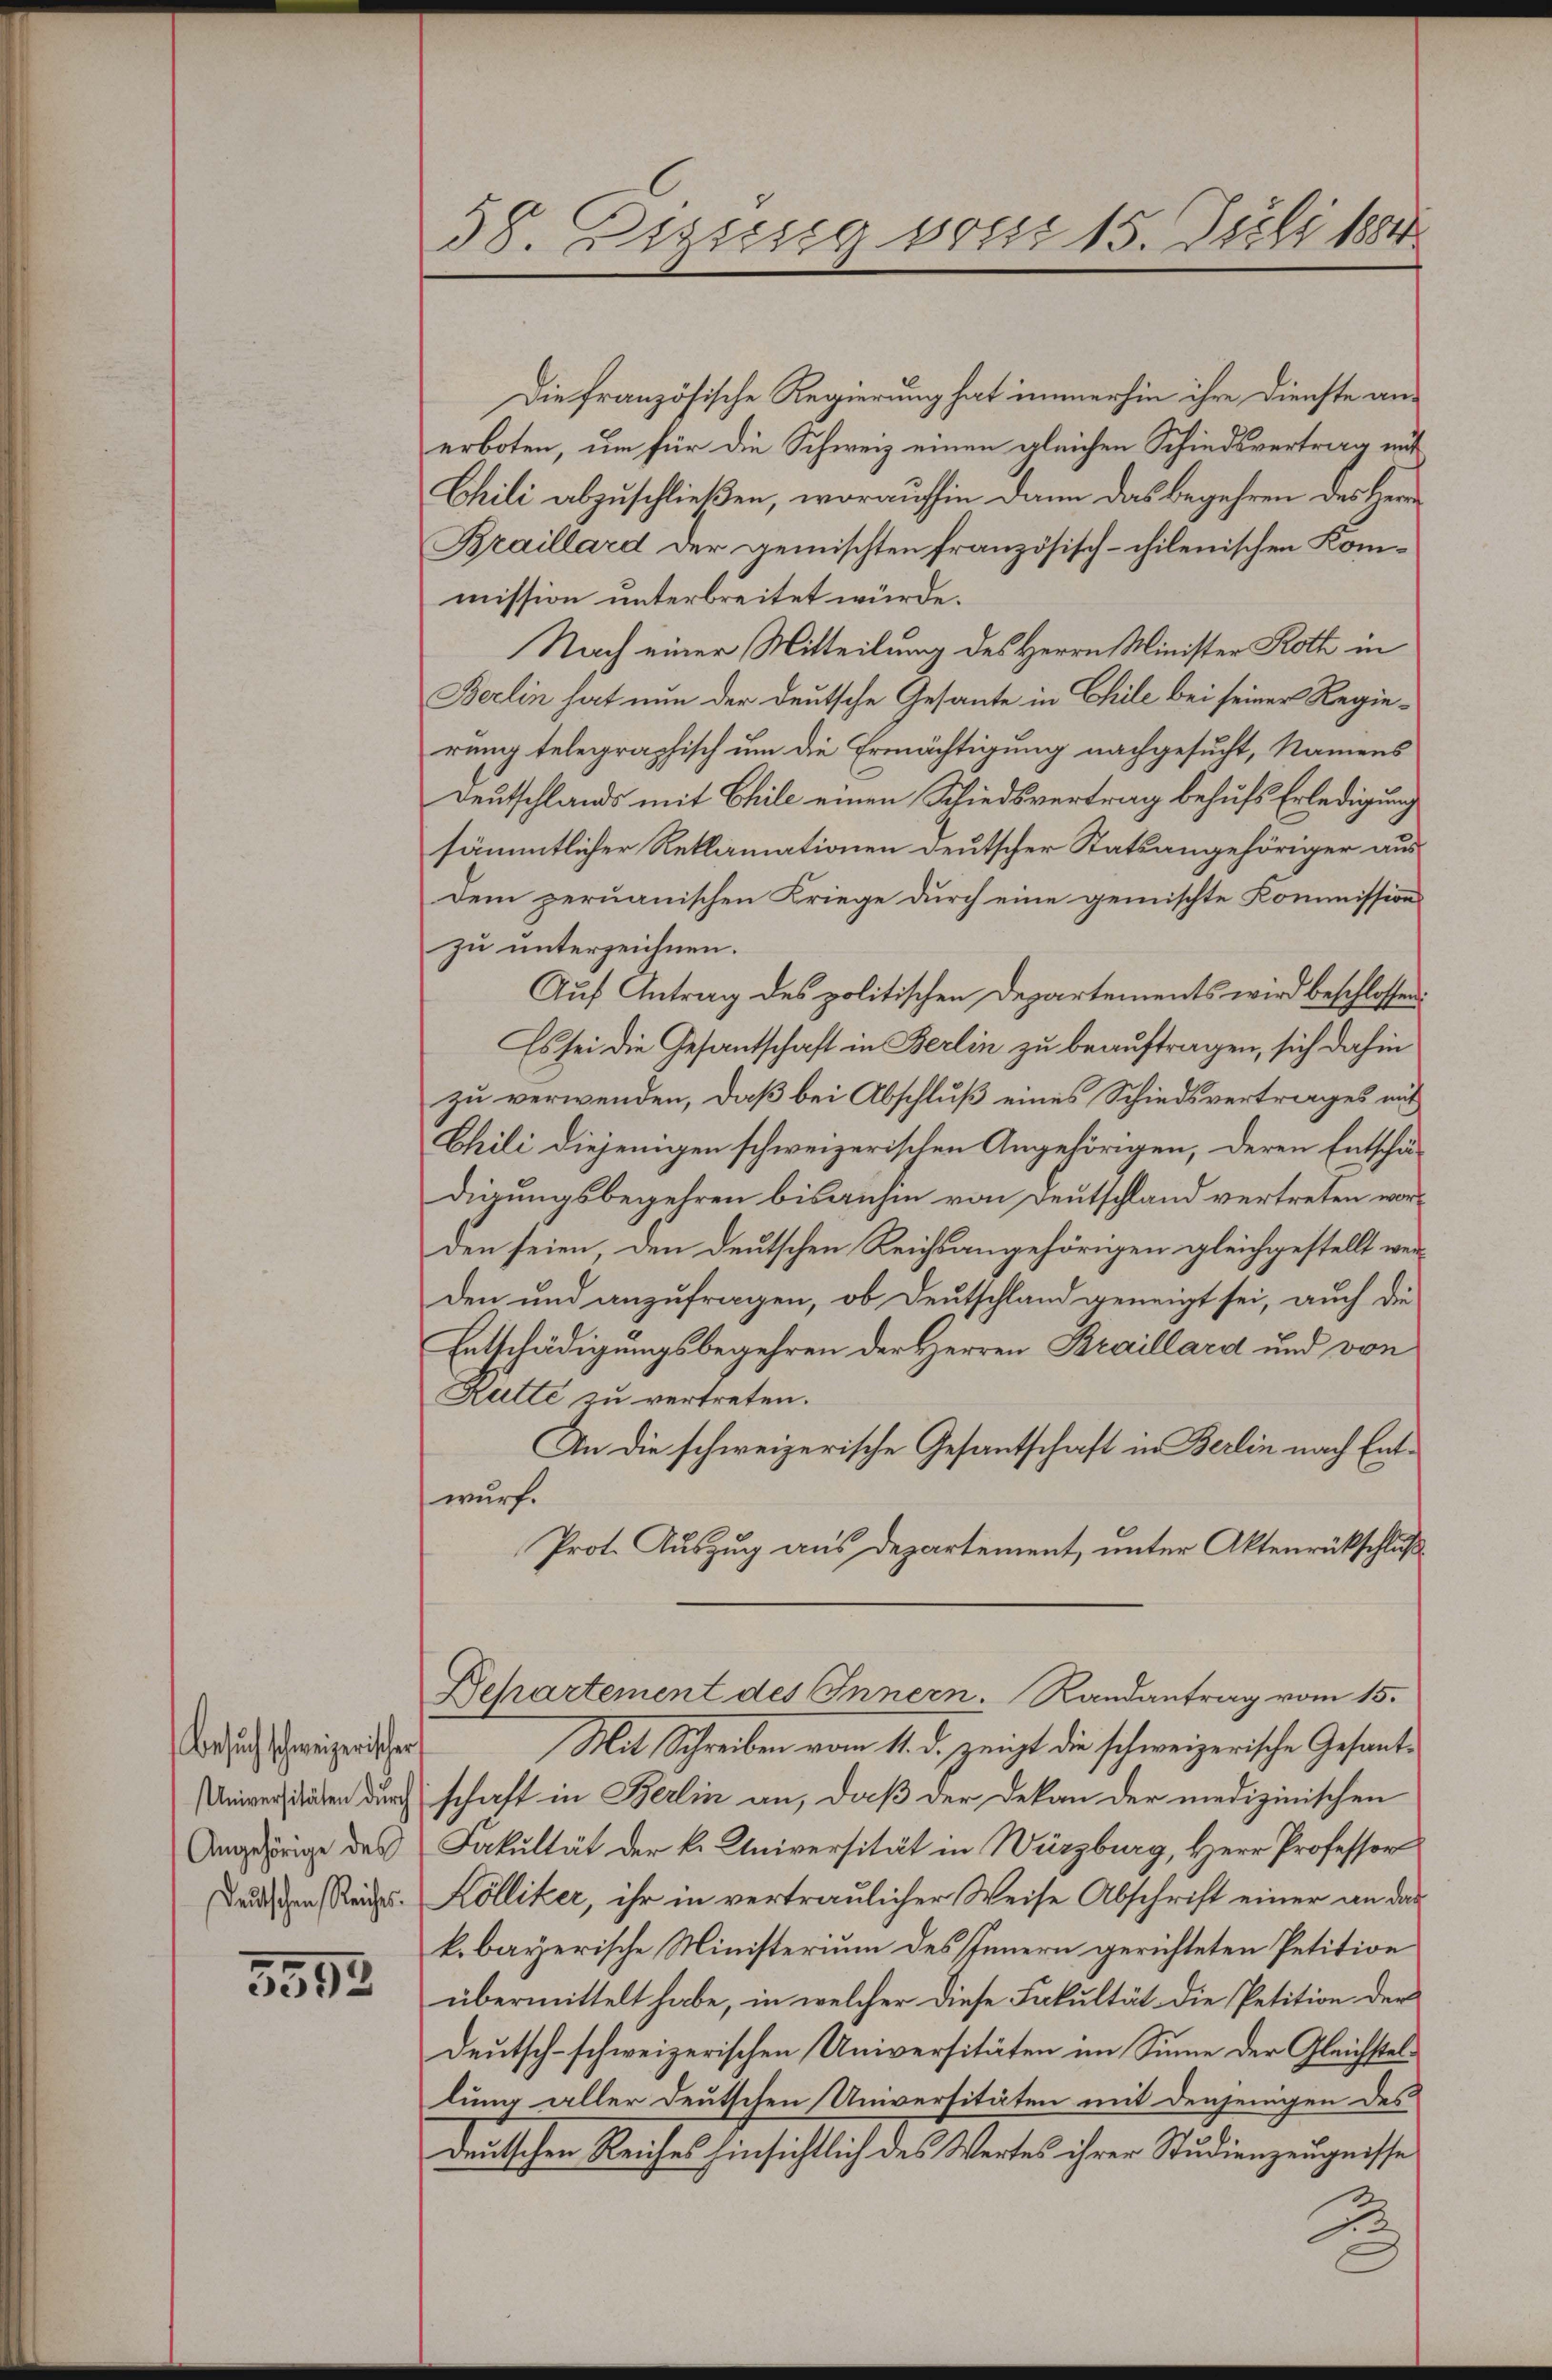
Besuch schweizerischer
Universitäten durch
Angehörige des
Deutschen Reiches.

5592

58. Dessung vom 15. Juli 1884

Die französische Regierung hat immerhin ihre Dienste an-
erboten, um für die Schweiz einen gleichen Schiedsvertrag mit
Chili abzuschließen, woraufhin dann das begehren des Herrn
Braillard der gemischten französisch-chilenischen Kommission unterbreitet würde.
Nach einer Mitteilung des Herrn Minister Roth in
Berlin hat nun der deutsche Gesante in Chile bei seiner Regierung telegraphisch um die Ermächtigung nachgesucht, Namens
Deutschlands mit Chile einen Schiedsvertrag behufs Erledigung
sämmtlicher Reklamationen deutscher Statsangehöriger aus
dem peruanischen Kriege durch eine gemischte Kommission
zu unterzeichnen.
Auf Antrag des politischen Departements wird beschlossen
Es sei die Gesantschaft in Berlin zu beauftragen, sich dahin
zu verwenden, daß bei Abschluß eines Schiedsvertrages mit
Chili diejenigen schweizerischen Angehörigen, deren Entschädigungsbegehren bisanhin von Deutschland vertreten worden seien, den deutschen Reichsangehörigen gleichgestellt werden und anzufragen, ob Deutschland geneigt sei, auch die
Entschädigungsbegehren der Herren Braillard und von
Ratte zu vertreten.
An die schweizerische Gesantschaft in Berlin nach Entwurf.
Prot. Auszug aus Departement, unter Aktenrückschluß
Departement des Innern. Randantrag vom 15.
Mit Schreiben vom 11. d. zeigt die schweizerische Gesandschaft in Berlin an, daß der Dekan der medizinischen
Fakultät der k. Universität in Würzburg, Herr Professor
Kölliker, ihr in vertraulicher Weise Abschrift einer an das
k. bayerische Ministerium des Innern gerichteten Petition
übermittelt habe, in welcher diese Fakultät. Die Petition der
deutsch-schweizerischen Universitäten im Sinne der Gleichstellung aller deutschen Universitäten mit denjenigen des
deutschen Reiches hinsichtlich des Wertes ihrer Studienzeugnisse
2